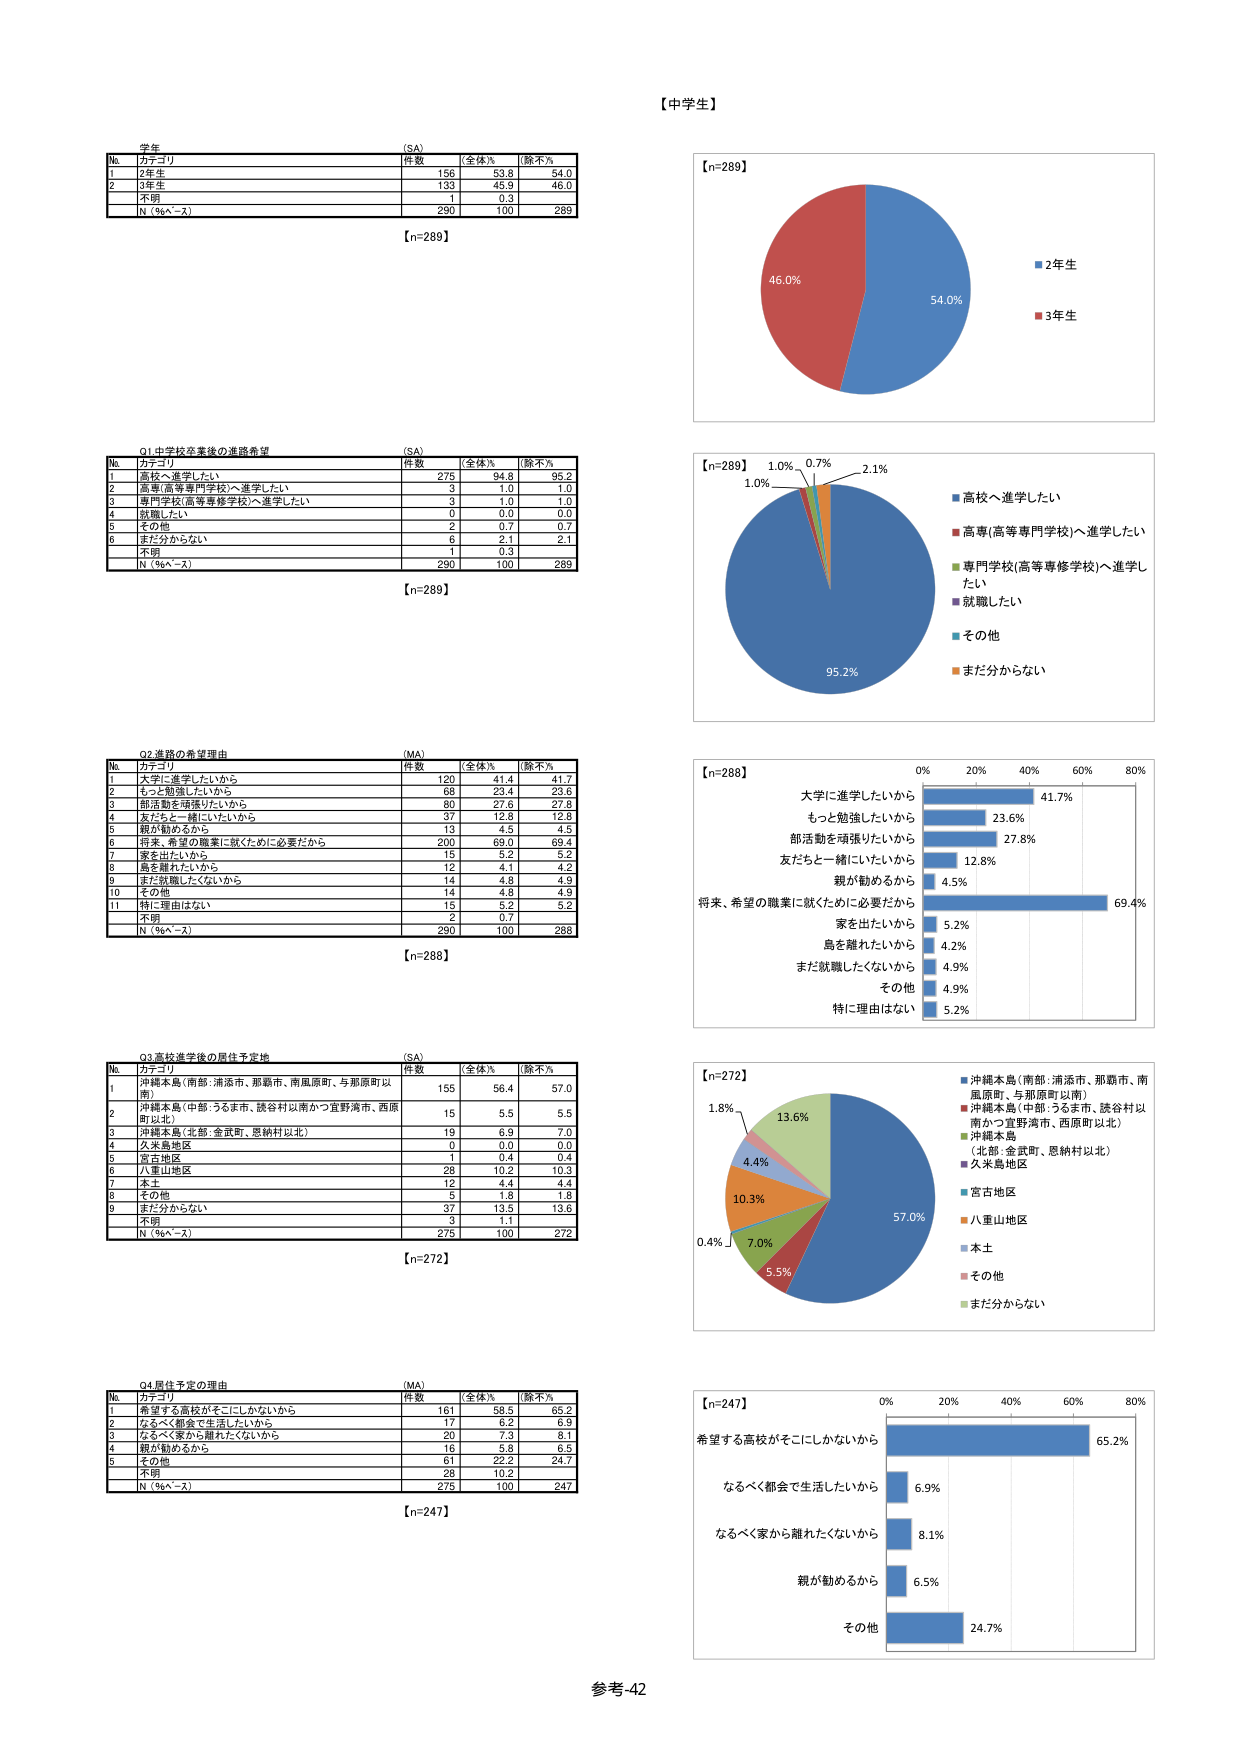
【中学生】

学年
(SA)
№ カテゴリ 件数 全体％ 除不％
1 2年生 156 53.8 54.0
2 3年生 133 45.9 46.0
不調 1 0.3
N（％e～x） 290 100 289
【n=289】

Q1.中学校卒業後の進路希望
(SA)
№ カテゴリ 件数 全体％ 除不％
1 高校へ進学したい 275 94.8 95.2
2 高専(高等専門学校)へ進学したい 3 1.0 1.0
3 専門学校(高等専修学校)へ進学したい 3 1.0 1.0
4 就職したい 0 0.0 0.0
5 その他 2 0.7 0.7
6 まだ分からない 6 2.1 2.1
不調 1 0.3
N（％e～x） 290 100 289
【n=289】

Q2.進路の希望理由
(MA)
№ カテゴリ 件数 全体％ 除不％
1 大学に進学したいから 120 41.4 41.7
2 もっと勉強したいから 68 23.4 23.6
3 部活動を頑張りたいから 80 27.6 27.8
4 友だちと一緒にいたいから 37 12.8 12.8
5 親が勧めるから 13 4.5 4.5
6 将来、希望の職業に就くために必要だから 200 69.0 69.4
7 家を出たいから 15 5.2 5.2
8 島を離れたいから 12 4.1 4.2
9 まだ就職したくないから 14 4.8 4.9
10 その他 14 4.8 4.9
11 特に理由はない 15 5.2 5.2
不調 2 0.7
N（％e～x） 290 100 288
【n=288】

Q3.進路進学後の居住予定地
(SA)
№ カテゴリ 件数 全体％ 除不％
1 沖縄本島（南部：浦添市、那覇市、南風原町、与那原町以南） 155 56.4 57.0
2 沖縄本島（中部：うるま市、読谷村以南かつ宜野湾市、西原町以北） 15 5.5 5.5
3 沖縄本島（北部：金武町、恩納村以北） 19 6.9 7.0
4 久米島地区 0 0.0 0.0
5 宮古地区 1 0.4 0.4
6 八重山地区 28 10.2 10.3
7 本土 12 4.4 4.4
8 その他 5 1.8 1.8
9 まだ分からない 37 13.5 13.6
不調 3 1.1
N（％e～x） 275 100 272
【n=272】

Q4.居住予定の理由
(MA)
№ カテゴリ 件数 全体％ 除不％
1 希望する高校がそこにしかないから 161 58.5 65.2
2 なるべく都会で生活したいから 17 6.2 6.9
3 なるべく家から離れたくないから 20 7.3 8.1
4 親が勧めるから 16 5.8 6.5
5 その他 61 22.2 24.7
不調 28 10.2
N（％e～x） 275 100 247
【n=247】

【n=289】
54.0%
46.0%
■2年生
■3年生

【n=289】
95.2%
1.0%
1.0%
0.7%
2.1%
■高校へ進学したい
■高専(高等専門学校)へ進学したい
■専門学校(高等専修学校)へ進学したい
■就職したい
■その他
■まだ分からない

【n=288】
0% 20% 40% 60% 80%
大学に進学したいから 41.7%
もっと勉強したいから 23.6%
部活動を頑張りたいから 27.8%
友だちと一緒にいたいから 12.8%
親が勧めるから 4.5%
将来、希望の職業に就くために必要だから 69.4%
家を出たいから 5.2%
島を離れたいから 4.2%
まだ就職したくないから 4.9%
その他 4.9%
特に理由はない 5.2%

【n=272】
57.0%
13.6%
4.4%
10.3%
7.0%
5.5%
0.4%
1.8%
■沖縄本島（南部：浦添市、那覇市、南風原町、与那原町以南）
■沖縄本島（中部：うるま市、読谷村以南かつ宜野湾市、西原町以北）
■沖縄本島（北部：金武町、恩納村以北）
■久米島地区
■宮古地区
■八重山地区
■本土
■その他
■まだ分からない

【n=247】
0% 20% 40% 60% 80%
希望する高校がそこにしかないから 65.2%
なるべく都会で生活したいから 6.9%
なるべく家から離れたくないから 8.1%
親が勧めるから 6.5%
その他 24.7%

参考-42